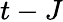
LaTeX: t-J